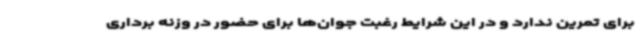
برای تمرین ندارد و در این شرایط رغبت جوان‌ها برای حضور در وزنه برداری